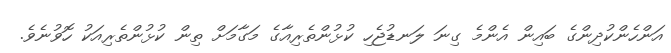
އަންހެންކުދިންގެ ބައިން އެންމެ ގިނަ ލަނޑުޖެހި ކުޅުންތެރިއާގެ މަގާމަށް ތިން ކުޅުންތެރިއަކު ހޮވުނެވެ.